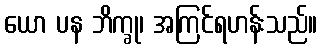
ယော ပန ဘိက္ခု၊ အကြင်ရဟန်းသည်။